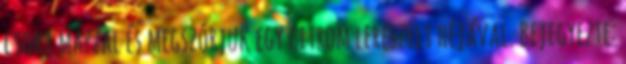
csoki mázzal és megszórjuk egy citrom lereszelt héjával. Bejegyezte: